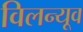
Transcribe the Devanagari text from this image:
विलन्यूव